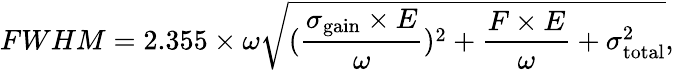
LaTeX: FWHM=2.355\times\omega\sqrt{(\frac{\sigma_{\mathrm{gain}}\times E}{\omega})^{2}+\frac{F\times E}{\omega}+\sigma_{\mathrm{total}}^{2}},